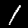
Digit: 1